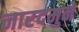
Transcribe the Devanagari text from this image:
नारदमुने